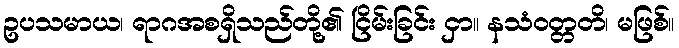
ဥပသမာယ၊ ရာဂအစရှိသည်တို့၏ ငြိမ်းခြင်း ငှာ။ နသံဝတ္တတိ၊ မဖြစ်။